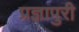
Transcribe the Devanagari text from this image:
प्रज्ञापुरी